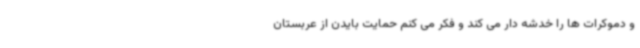
و دموکرات ها را خدشه دار می کند و فکر می کنم حمایت بایدن از عربستان